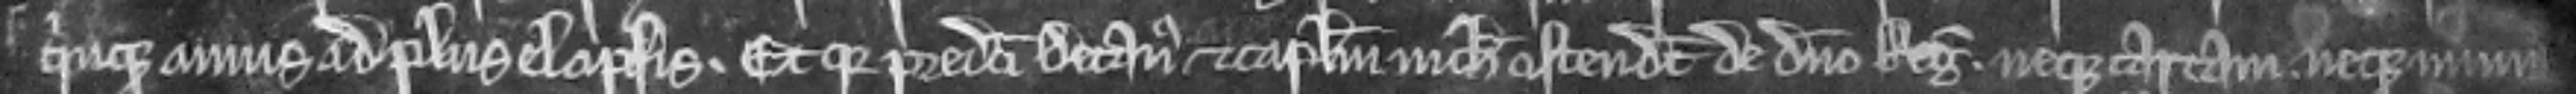
quinque annis ad plus elapsis. Et quia predicti Decanus et capitulum nichil ostendunt de domino Rege neque cartam neque muni